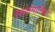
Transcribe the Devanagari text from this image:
रेसलमानिया